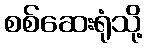
စစ်ဆေးရုံသို့